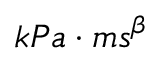
k P a \cdot m s ^ { \beta }